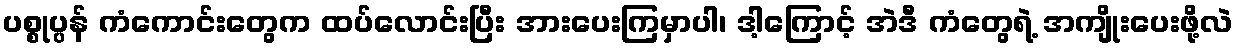
ပစ္စုပ္ပန် ကံကောင်းတွေက ထပ်လောင်းပြီး အားပေးကြမှာပါ၊ ဒါ့ကြောင့် အဲဒီ ကံတွေရဲ့ အကျိုးပေးဖို့လဲ